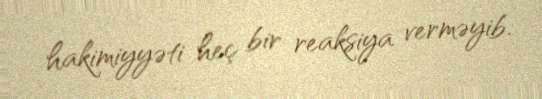
hakimiyyəti heç bir reaksiya verməyib.